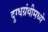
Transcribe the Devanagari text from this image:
दुग्धग्रंथीमध्ये